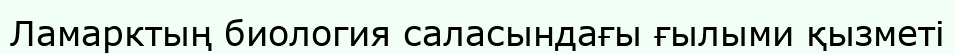
Ламарктың биология саласындағы ғылыми қызметі